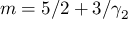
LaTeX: m = 5 / 2 + 3 / \gamma _ { 2 }